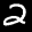
Label: 2